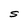
Character: S